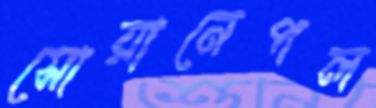
সোয়ানেপল